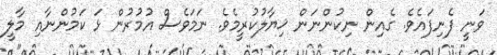
ވަނީ ފެނިފައެވެ. ގެއިން ނިކުންނަން ޚިޔާލުކުރީމެވެ. ނަމަވެސް އުމުރުން ޅަ ކަމުންނާއި މާލީ